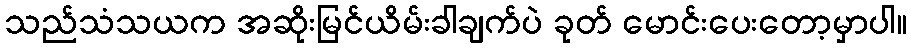
သည်သံသယက အဆိုးမြင်ယိမ်းခါချက်ပဲ ခုတ် မောင်းပေးတော့မှာပါ။